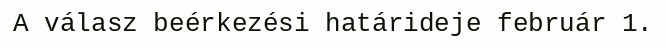
A válasz beérkezési határideje február 1.